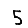
Digit: 5